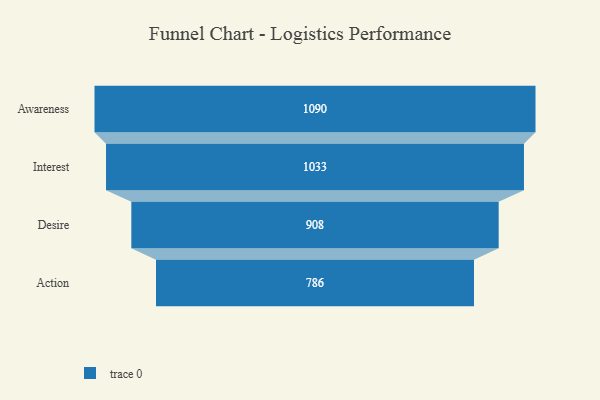
{"axis": {"x": "Stage", "y": "Value"}, "legend": [""], "data": [{"x": "Awareness", "y": 1090.0, "type": ""}, {"x": "Interest", "y": 1033.0, "type": ""}, {"x": "Desire", "y": 908.0, "type": ""}, {"x": "Action", "y": 786.0, "type": ""}]}